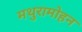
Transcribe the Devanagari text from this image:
मथुरामोहन